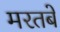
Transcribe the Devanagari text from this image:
मरतबे